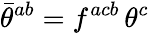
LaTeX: \bar{\theta}^{ab}=f^{acb}\, \theta^{c}